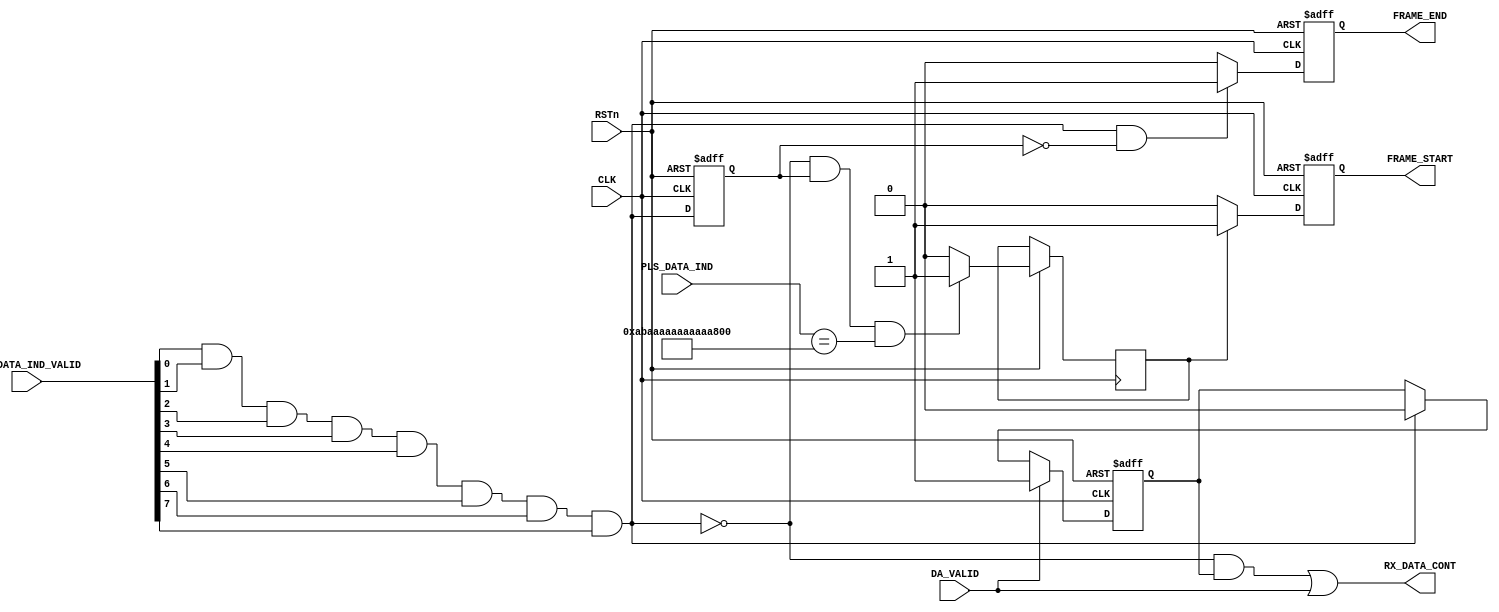
`timescale 1ns / 1ps
//////////////////////////////////////////////////////////////////////////////////
// Company: University of Moratuwa
// 
// Design Name: MAC
// Module Name: rxStateMach
// Project Name: 40G Ethernet
// Target Devices: VC709
// Tool Versions: 2016.4
// Description: this block is a part of the MAC
// 
// Dependencies: 
// 
// Revision:
// Revision 0.01 - File Created
// Additional Comments:
// 
//////////////////////////////////////////////////////////////////////////////////


module rxStateMach(
    input CLK,
    input RSTn,
    input [7:0] PLS_DATA_IND_VALID,
    input [63:0] PLS_DATA_IND,
    input DA_VALID,
    output RX_DATA_CONT,
    output FRAME_START,
    output FRAME_END
    );
    
    wire valid;
    reg frame_start;
    reg frame_end;
    reg pre_valid; //logic 0 is for valid data
    reg valid_da;
    reg packet_start;
    
    assign valid = PLS_DATA_IND_VALID[0] & PLS_DATA_IND_VALID[1] & PLS_DATA_IND_VALID[2] & PLS_DATA_IND_VALID[3] & PLS_DATA_IND_VALID[4] & PLS_DATA_IND_VALID[5] & PLS_DATA_IND_VALID[6] & PLS_DATA_IND_VALID[7];
    assign FRAME_START = frame_start;
    assign FRAME_END = frame_end;
    assign RX_DATA_CONT = (~valid & valid_da) | DA_VALID;
    
    initial
    begin
        frame_start <= 0;
        frame_end <= 0;
        pre_valid <= 1;
        valid_da <= 0;
        packet_start <= 0;
    end
    
    always@(posedge CLK, negedge RSTn)
    begin
        if(~RSTn)
        begin
            frame_start <= 0;
            frame_end <= 0;
            pre_valid <= 1;
            valid_da <= 0;
        end
        
        else
        begin
            //record the previous state of the valid signal
            pre_valid <= valid;
            
            //record a valid DA frame
            if(DA_VALID)
            begin
                valid_da <= 1;
            end
            else if(valid)
            begin
                valid_da <= 0;
            end
            
            //assert the start of a frame
            if(~valid & pre_valid & PLS_DATA_IND == 64'hABAA_AAAA_AAAA_AAAA)
            begin
                packet_start <= 1;
            end
            else
            begin
                packet_start <= 0;
            end
            if(packet_start == 1)
            begin
                frame_start <= 1;
            end
            else
            begin
                frame_start <= 0;
            end
            
            //assert the end of a frame
            if(valid & ~pre_valid)
            begin
                frame_end <= 1;
            end
            else
            begin
                frame_end <= 0;
            end
        end
    end
    
    
endmodule